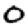
Digit: 0